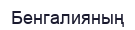
Бенгалияның